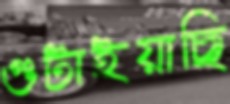
গুটাইয়াছি